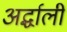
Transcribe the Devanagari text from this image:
अर्द्धाली